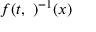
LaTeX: f ( t , \ ) ^ { - 1 } ( x )